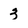
Character: 3